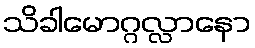
သိခါမောဂ္ဂလ္လာနော